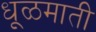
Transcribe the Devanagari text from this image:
धूळमाती